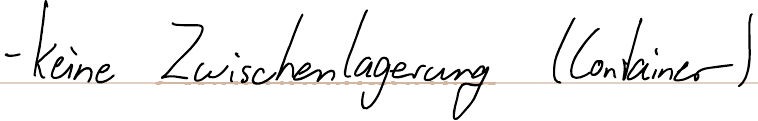
- keine Zwischenlagerung (Container)